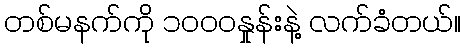
တစ်မနက်ကို ၁၀၀၀နှုန်းနဲ့ လက်ခံတယ်။